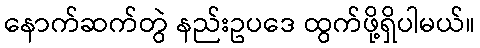
နောက်ဆက်တွဲ နည်းဥပဒေ ထွက်ဖို့ရှိပါမယ်။